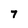
Character: 7